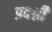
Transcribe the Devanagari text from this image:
प्रदर्श्नी